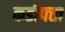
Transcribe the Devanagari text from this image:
कडीपत्ता